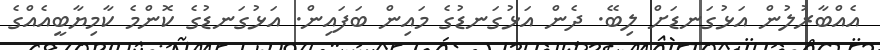
އެއްބާރުލުން އަޅުގަނޑަށް ލިބޭ. ދެން އަޅުގަނޑުގެ މައިން ބަފައިން. އަޅުގަނޑުގެ ކޮންމެ ކާމިޔާބީއެއްގެ